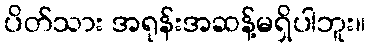
ပိတ်သား အရုန်းအဆန့်မရှိပါဘူး။